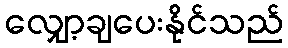
လျှော့ချပေးနိုင်သည်